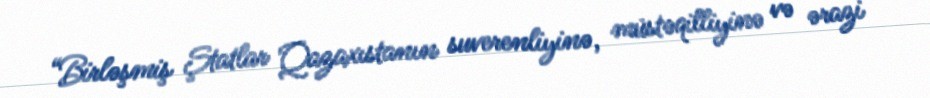
“Birləşmiş Ştatlar Qazaxıstanın suverenliyinə, müstəqilliyinə və ərazi